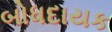
બોધદાયક